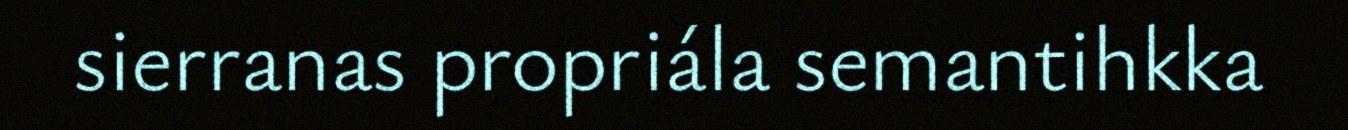
sierranas propriála semantihkka